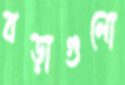
বড়াগুলো